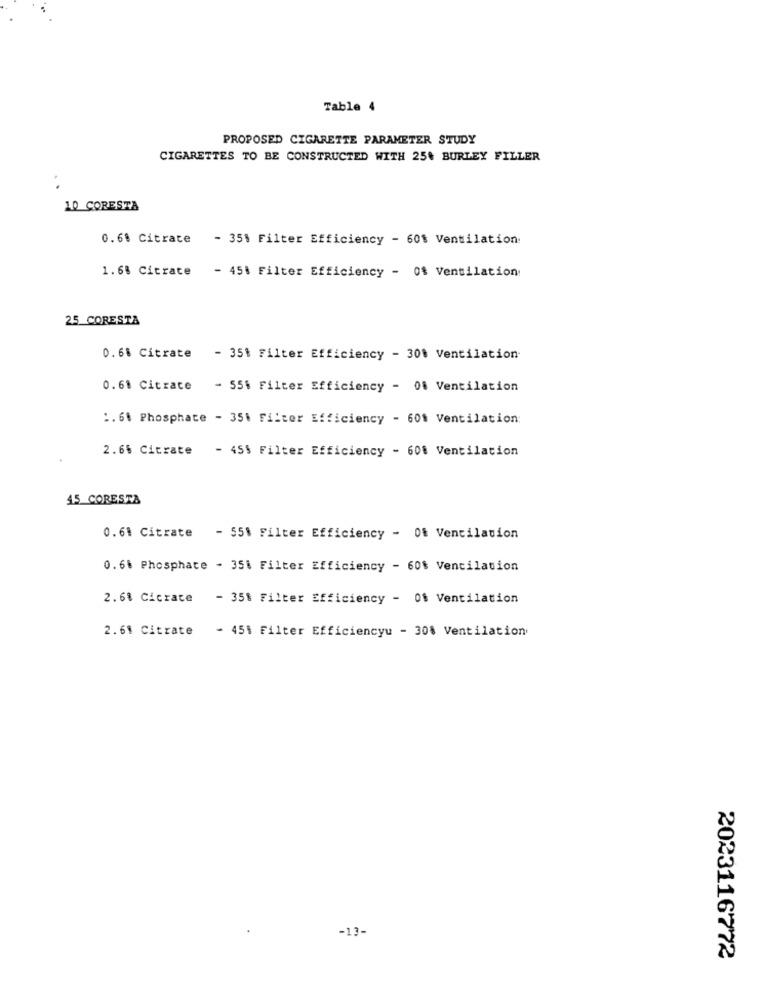
Table 4
PROPOSED CIGARETTE PARAMETER STUDY
CIGARETTES TO BE CONSTRUCTED WITH 25% BURLEY FILLER
10 CORESTA
0.68 Citrate - 351 Filter Efficiency - 60$ Ventilation:
1.68 Citrate - 451 Filter Efficiency - 0% Ventilation
25 CORESTA
0.68 Citrate
- 351 Filter Efficiency - 301 Ventilation
0.61 Citrace
- 55% Filter Efficiency - 01 Ventilation
1.60 Phosphate - 351 Filter Efficiency - 60% Ventilation:
2.66 Citrate - 455 Filter Efficiency - 60% Ventilation
45 CORESTA
0.61 Citrate - 551 Filter Efficiency - 0% Ventilation
0.6. Phosphate - 351 Filter Efficiency - 60% Ventilation
2.68 Cicrace
- 35% Filter Efficiency - 01 Ventilation
2.61 Citrate
- 45% Filter Efficiencyu - 30% Ventilation
-13-
2023116772